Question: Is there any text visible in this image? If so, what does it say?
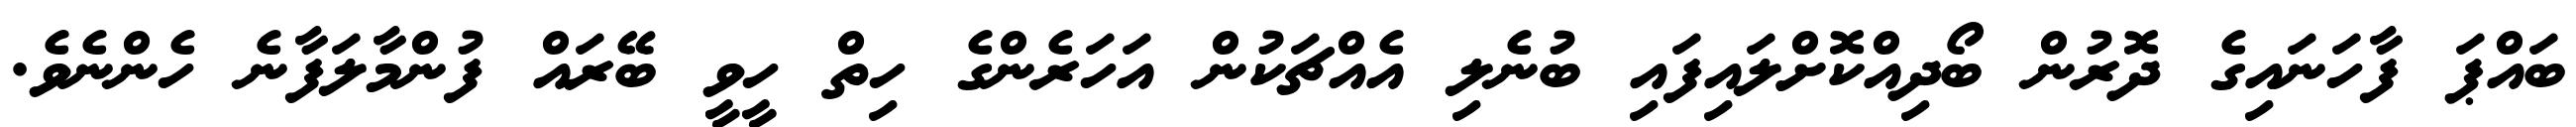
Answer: ބައްޕަ ފާހަނައިގެ ދޮރުން ބޯދިއްކޮށްލައިފައި ބުނެލި އެއްޗަކުން އަހަރެންގެ ހިތް ހީވީ ބޭރައް ފުންމާލަފާނެ ހެންނެވެ.